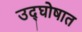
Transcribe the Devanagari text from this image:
उद्‌घोषात